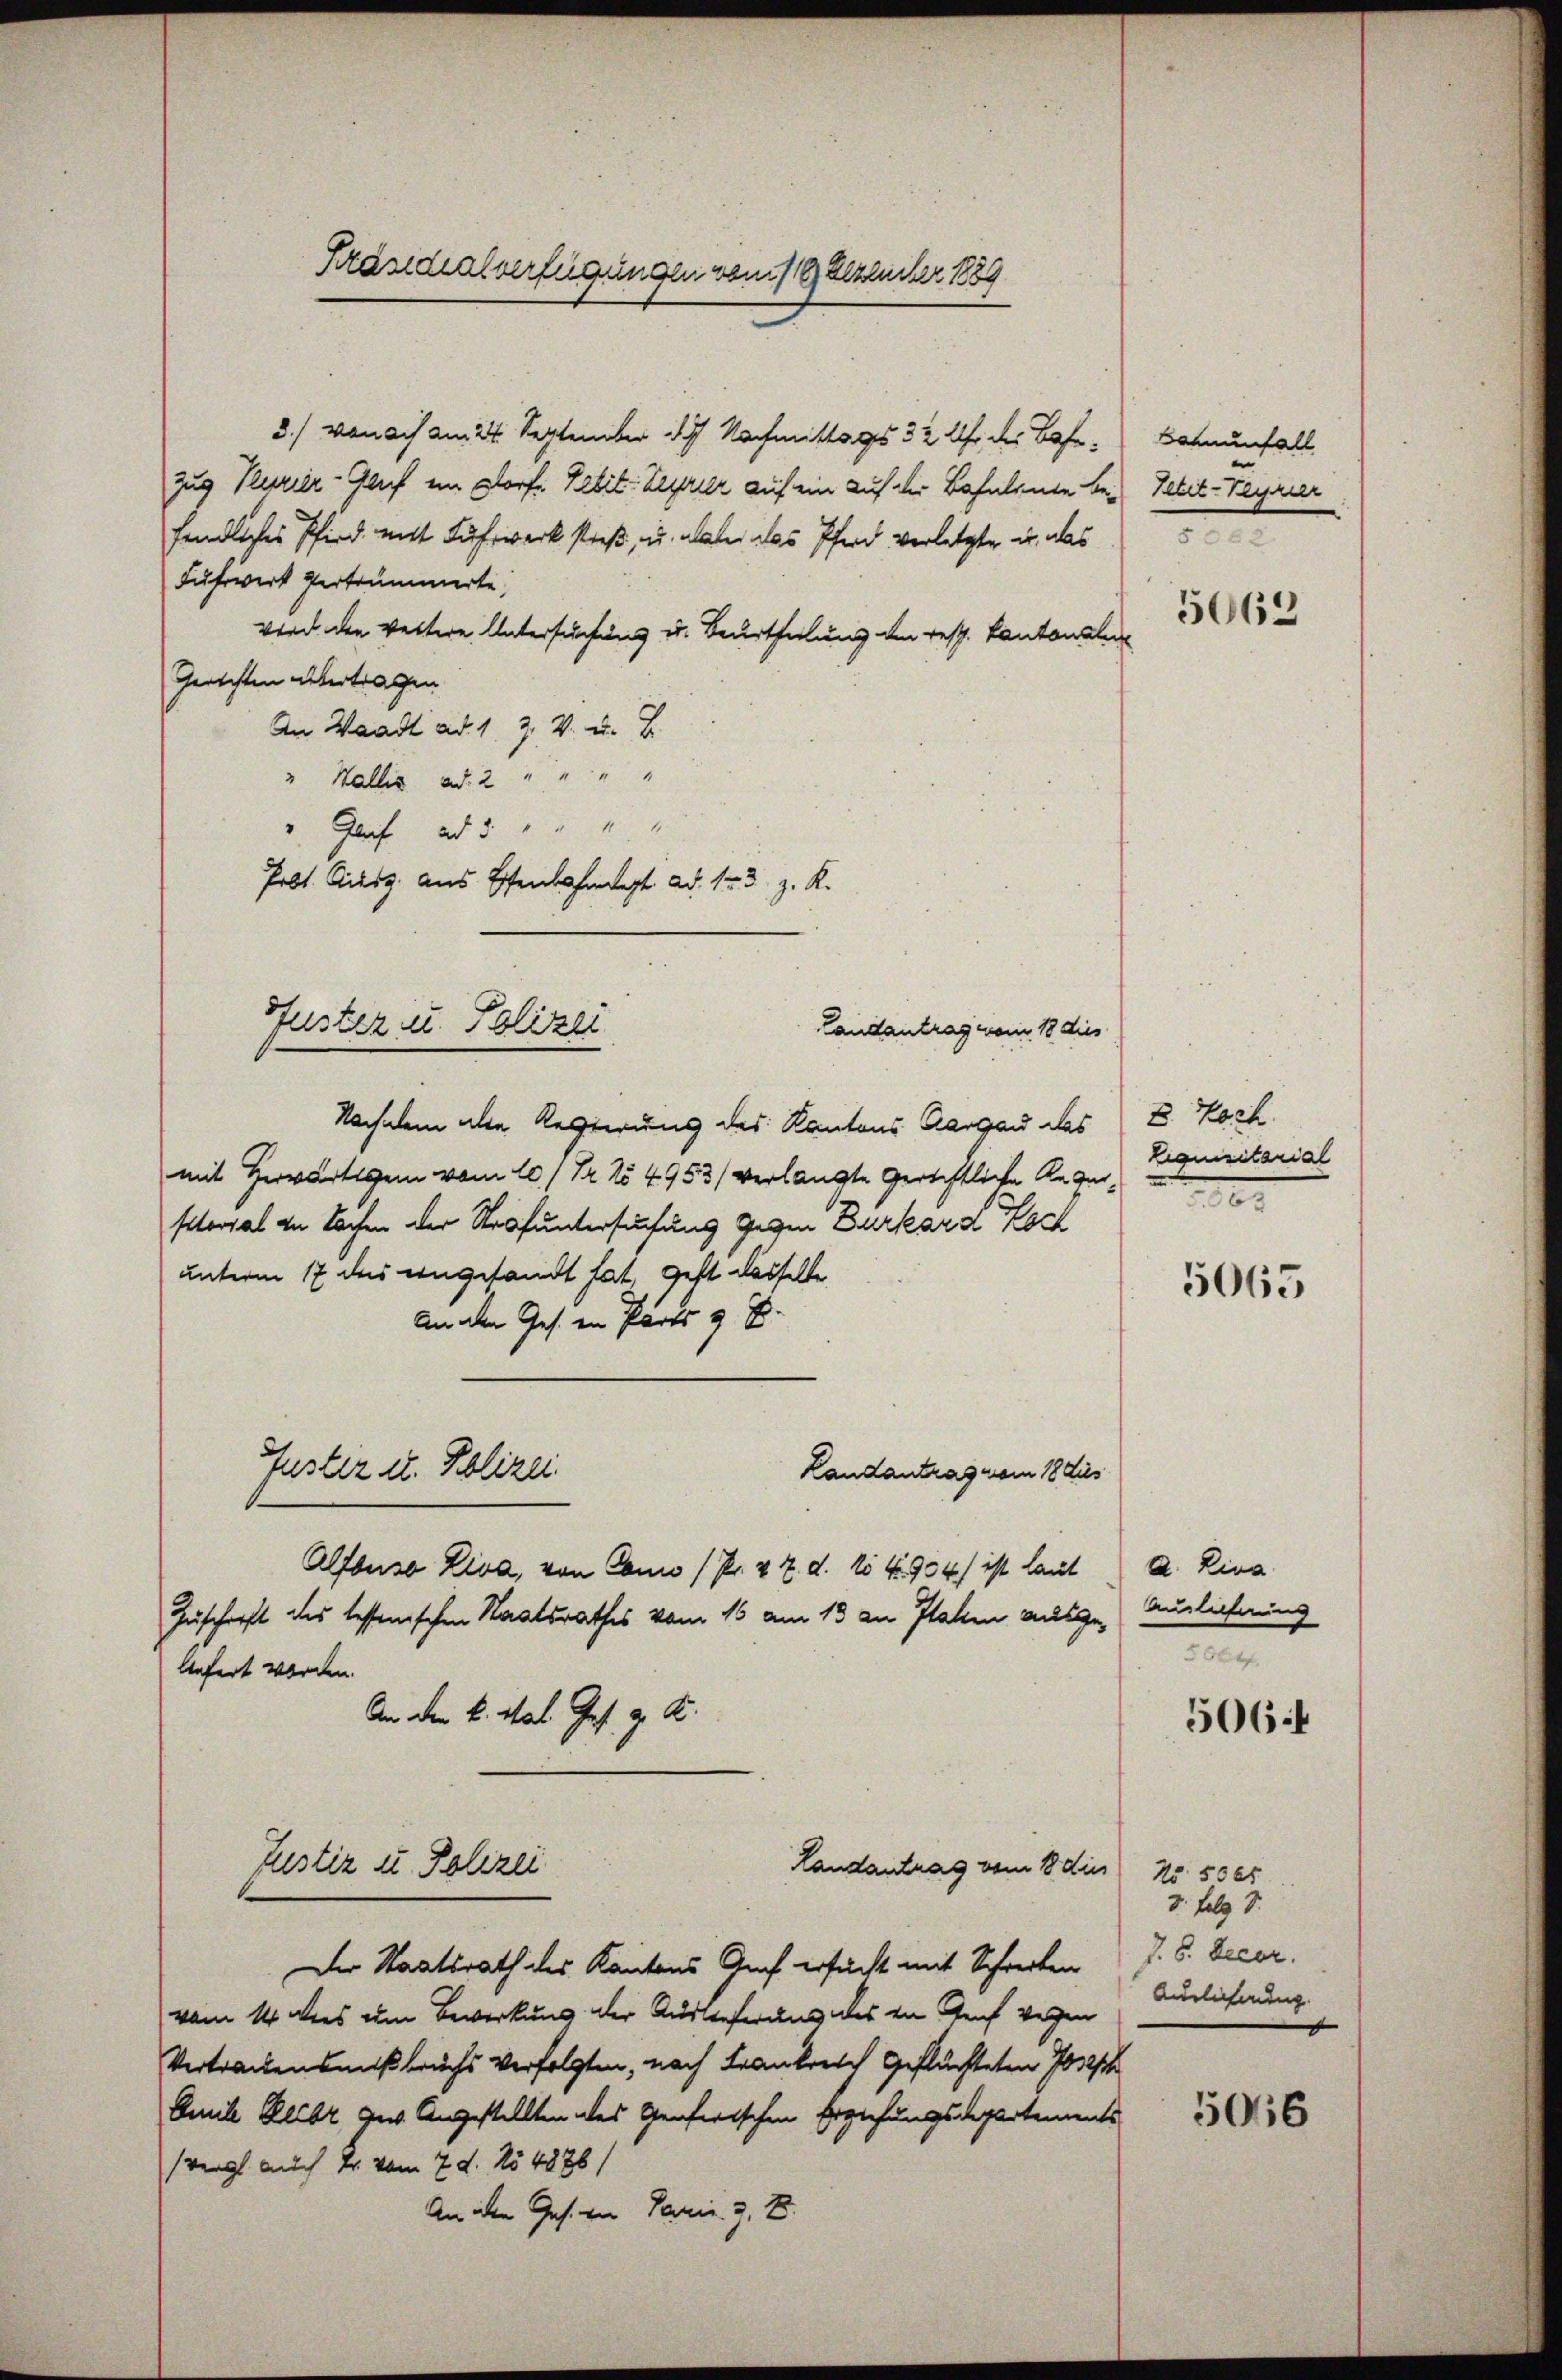
3./ von ach am 24. September 1847 Nachmittags 32 Uhr des Bafe. Bahnenfall
Zug Reszier-Gauf ein Dorf Petit. Regier auf ein auf der Bahnleute be- Gebet-Feyrier
fendliches Pfird mit Fuhrwerk stieß, u. dabei das Pferd verletzte u. das
Fuhrwerk vertrümmerte,
wird den weitere Untersuchung u. Beurtheilung den resp. Kantonalen
Gerichten übertragen
An Waadt ad 1. 3. V. u. B
" Wallis ad 2 " " " "
" Graf ad 5 " " " "
Prbt. Giesz aus Esenbahndet ad 13. z. K.
Landantrag vom 18 dies
Nachdem alle Regierung des Kantons Aargau das
mit Herwärtigen vom 10./ Pr. No 4953/ verlangte Gerichtliche Requisitorial an Sachen der Strafuntersuchung gegen Burkard Koch
unterm 17 des angesandt hat, geht dasselbe
An den Jes. in Parts z. B.
Justiz u. Polizei
Landantrag vom 18 dies
Alfbuso Liva, von Conno /Pr. v. 7. d. 15 f. 934/ ist laut
Zuschrift des tessenischen Staatsrathes vom 15 am 13 an Platen ausge¬
Anfert worden.
An den k. Mal. Ges. z. K.
Landantrag vom 18. dies
Justiz u. Polizei
Der Staatsrath des Kantons Genf ersucht mit Schreiben
vom 4 des um Bewirkung der Auslieferung des in Genf wegen
Vertrauensmißbruchs verfolgten, nach Frankreich Geflüchteten Postsch
Emil Beibr zur Angestellten des Genfertschen Erziehungsdepartements
(vergl. auch Dr. vom 7. d. No 4878/
An ihre Ges. ten Paris. Z. B.

Guster u. Polizei

Präsidialverfügungen vom 19. Dezember 1889

5062

E. Hoch
Liquisitarial
.

5065

A. Riva
Blechnung
5064.

506 f

No 500f
3. folg S.
J. 6. Decer.
Auglichnung.
x

50116